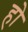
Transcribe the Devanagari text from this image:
हो